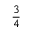
\frac { 3 } { 4 }